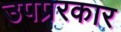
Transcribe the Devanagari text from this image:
उपप्ररकार